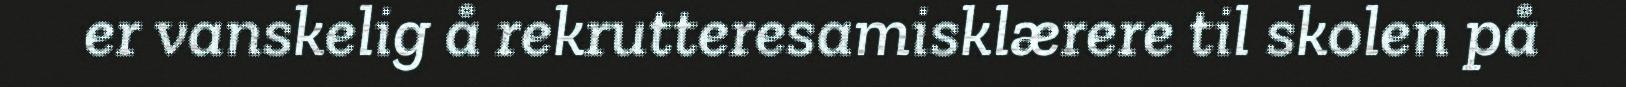
er vanskelig å rekrutteresamisklærere til skolen på